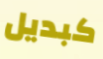
كبديل